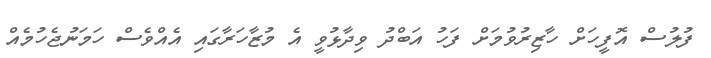
ފުލުސް އޮފީހަށް ހާޒިރުވުމަށް ފަހު އަބްދު ވިދާޅުވީ އެ މުޒާހަރާގައި އެއްވެސް ހަމަނުޖެހުމެއް